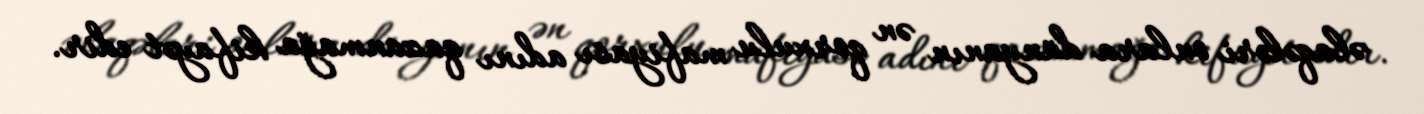
əlaqələri onlara dünyanın ən qorxulu mafiyası adını qazanmağa kifayət edir.